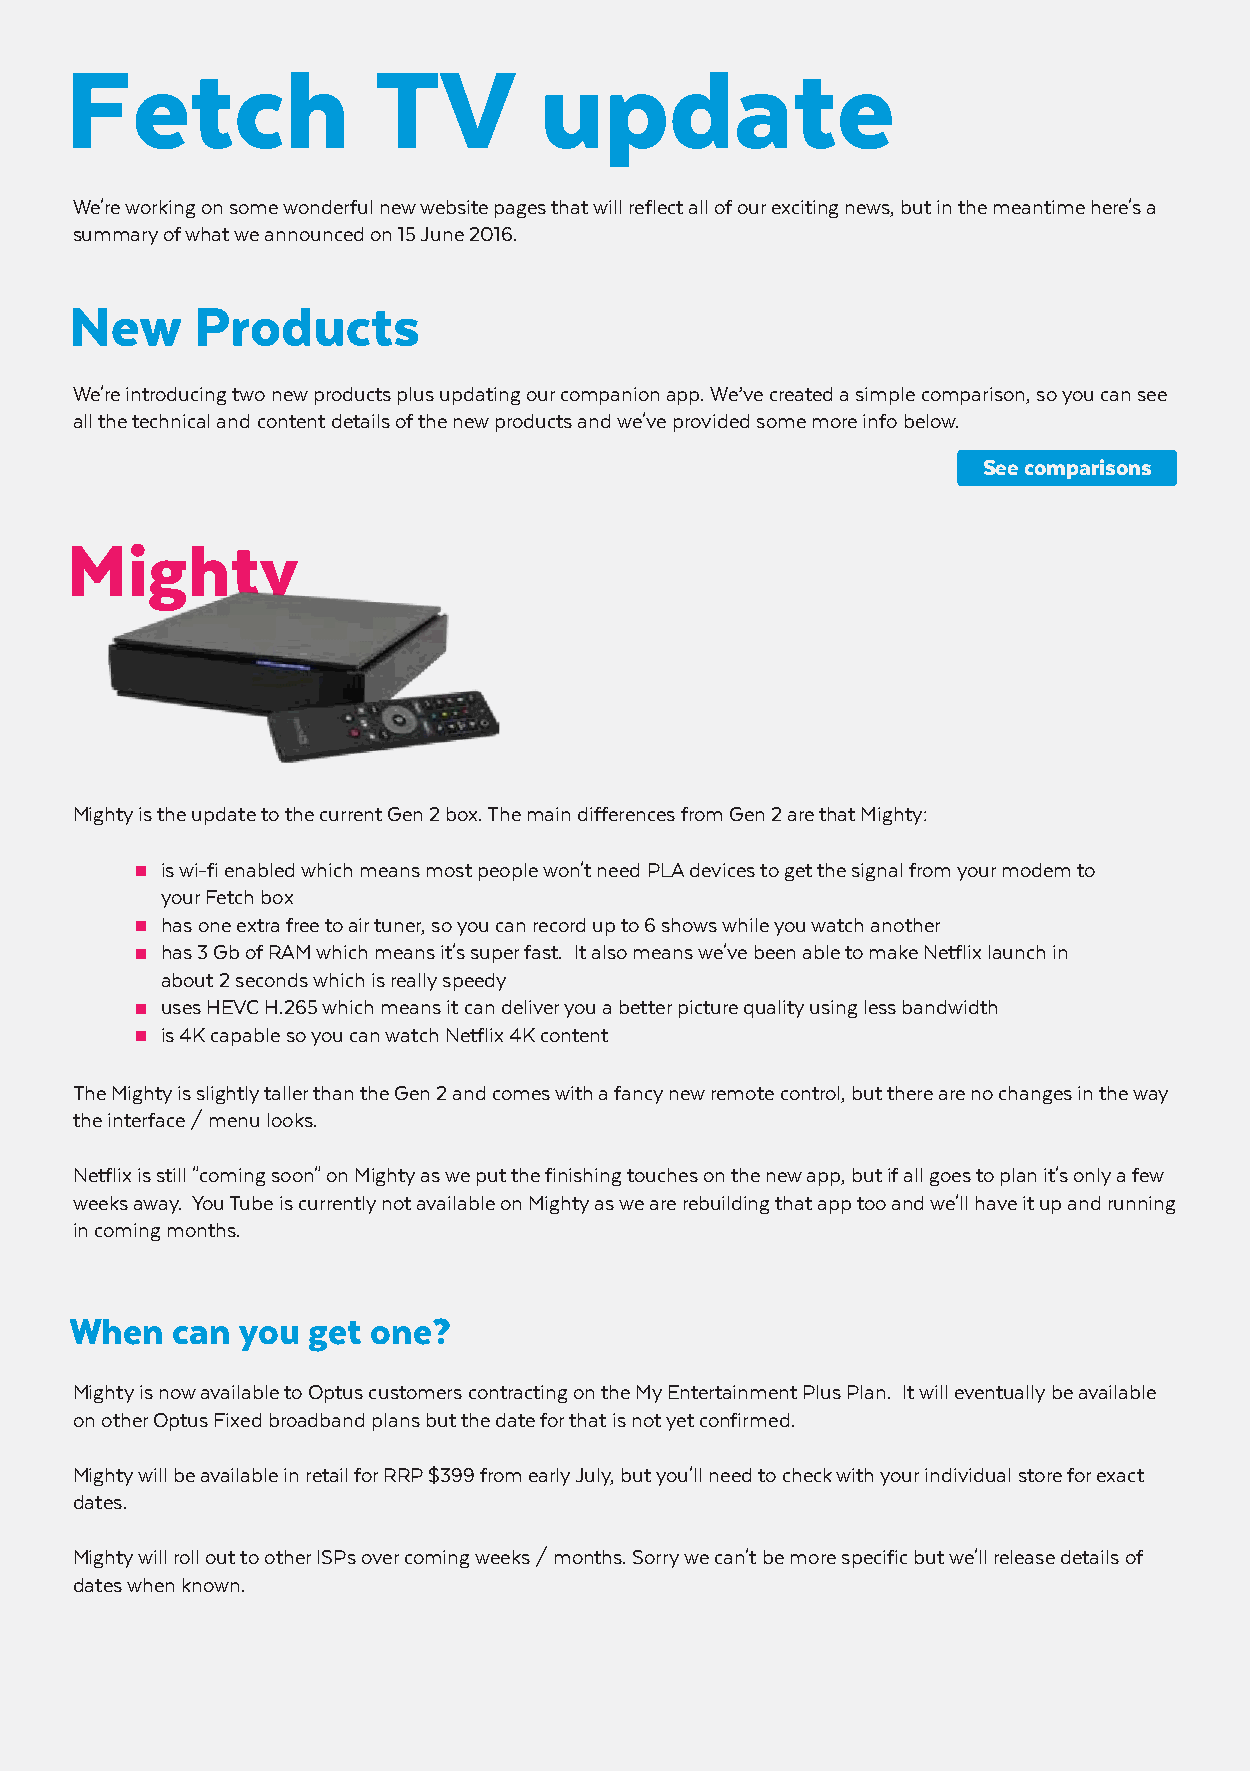
Fetch                TV         update
 We're working on some wonderful new website pages that will reflect all of our exciting news, but in the meantime here's a
 summary of what we announced on 15 June 2016.
 New     Products
 We're introducing two new products plus updating our companion app. We’ve created a simple comparison, so you can see
 all the technical and content details of the new products and we've provided some more info below.
 See comparisons
 Mighty
 Mighty is the update to the current Gen 2 box. The main differences from Gen 2 are that Mighty:
 is wi-fi enabled which means most people won't need PLA devices to get the signal from your modem to
 your Fetch box
 has one extra free to air tuner, so you can record up to 6 shows while you watch another
 has 3 Gb of RAM which means it's super fast. It also means we've been able to make Netflix launch in
 about 2 seconds which is really speedy
 uses HEVC H.265 which means it can deliver you a better picture quality using less bandwidth
 is 4K capable so you can watch Netflix 4K content
 The Mighty is slightly taller than the Gen 2 and comes with a fancy new remote control, but there are no changes in the way
 the interface / menu looks.
 Netflix is still "coming soon" on Mighty as we put the finishing touches on the new app, but if all goes to plan it's only a few
 weeks away. You Tube is currently not available on Mighty as we are rebuilding that app too and we'll have it up and running
 in coming months.
 When  can  you get  one?
 Mighty is now available to Optus customers contracting on the My Entertainment Plus Plan. It will eventually be available
 on other Optus Fixed broadband plans but the date for that is not yet confirmed.
 Mighty will be available in retail for RRP $399 from early July, but you'll need to check with your individual store for exact
 dates.
 Mighty will roll out to other ISPs over coming weeks / months. Sorry we can't be more specific but we'll release details of
 dates when known.